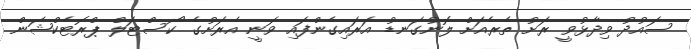
ސައުދު ވިދާޅުވީ ރަށު ތެރެއަށް ލޮނުގަނޑު އަރައިގެންފައި ވަނީ އެރަށުގެ ކޯސްޓަލް ޕްރޮޓެކްޝަން